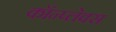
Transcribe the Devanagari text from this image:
कॉन्प्लेक्स